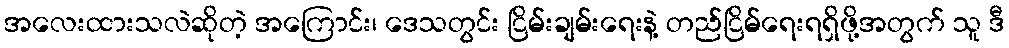
အလေးထားသလဲဆိုတဲ့ အကြောင်း၊ ဒေသတွင်း ငြိမ်းချမ်းရေးနဲ့ တည်ငြိမ်ရေးရရှိဖို့အတွက် သူ ဒီ